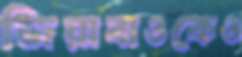
জিয়াবাওকেও